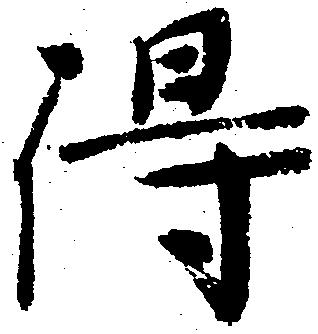
得